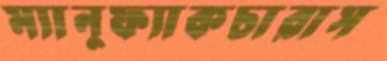
ম্যানুফ্যাকচারাস